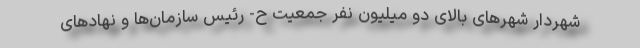
شهردار شهر‌های بالای دو میلیون نفر جمعیت ح- رئیس سازمان‌ها و نهاد‌های